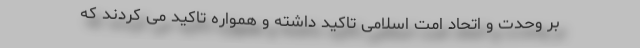
بر وحدت و اتحاد امت اسلامی تاکید داشته و همواره تاکید می کردند که